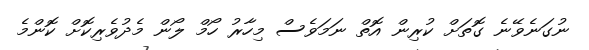
ނުގަނެވޭނެ ގޮތަށް ކުރިން އޮތް ނަމަވެސް މިހާރު ހޯމް ލޯން މެދުވެރިކޮށް ކޮންމެ